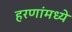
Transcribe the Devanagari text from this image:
हरणांमध्ये